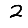
Digit: 2